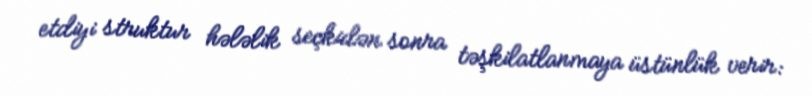
etdiyi struktur hələlik seçkidən sonra təşkilatlanmaya üstünlük verir: